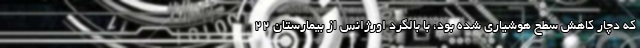
که دچار کاهش سطح هوشیاری شده بود، با بالگرد اورژانس از بیمارستان ۲۲